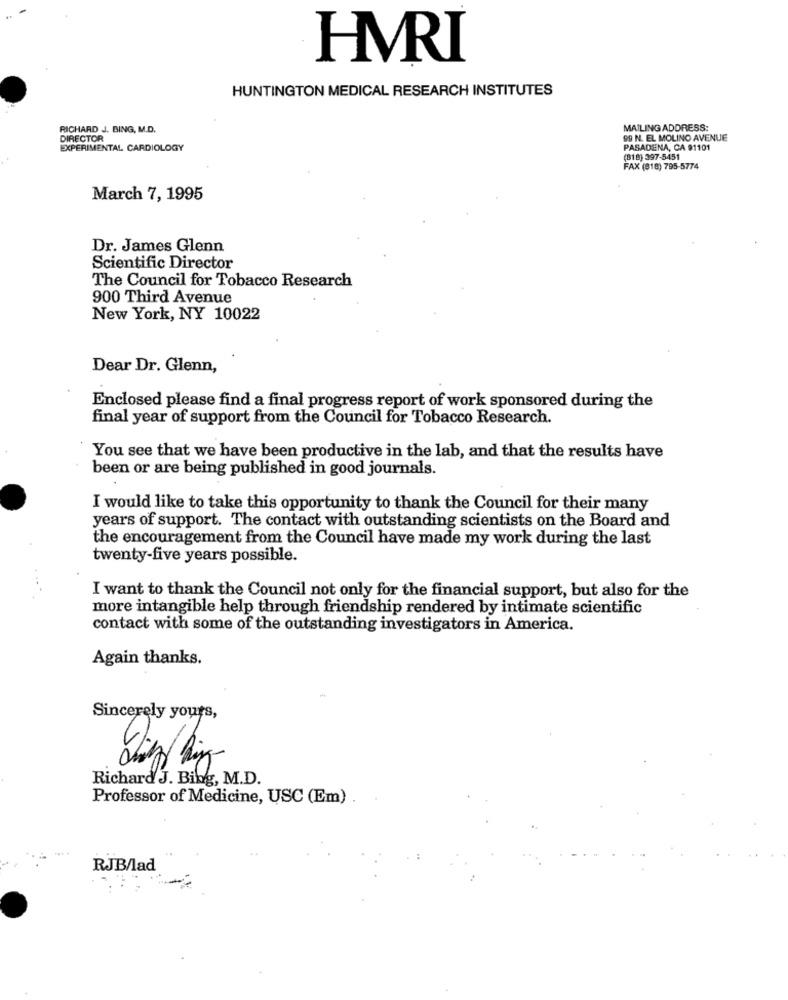
HMVRI
HUNTINGTON MEDICAL RESEARCH INSTITUTES
RICHARD J. BING, M.D.
MAILING ADDRESS:
DIRECTOR
99 N. EL MOLINO AVENUE
EXPERIMENTAL. CARDIOLOGY
PASADENA, CA 91101
(818) 397-5451
FAX (818) 795-5774
March 7, 1995
Dr. James Glenn
Scientific Director
The Council for Tobacco Research
900 Third Avenue
New York, NY 10022
Dear Dr. Glenn,
Enclosed please find a final progress report of work sponsored during the
final year of support from the Council for Tobacco Research.
You see that we have been productive in the lab, and that the results have
been or are being published in good journals.
I would like to take this opportunity to thank the Council for their many
years of support. The contact with outstanding scientists on the Board and
the encouragement from the Council have made my work during the last
twenty-five years possible.
I want to thank the Council not only for the financial support, but also for the
more intangible help through friendship rendered by intimate scientific
contact with some of the outstanding investigators in America.
Again thanks.
Sincerely yours,
Richard J. Bing, M.D.
Professor of Medicine, USC (Em)
RJB/lad